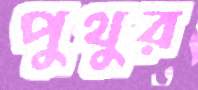
পুথুর